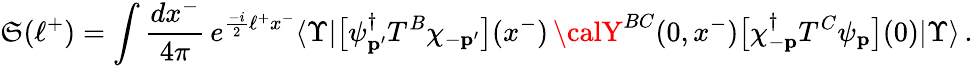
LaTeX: \mathfrak{S}(\ell^{+})=\int\frac{{dx^{-}}}{{4\pi}}\, e^{\frac{{-i}}{{2}}\ell^{+}x^{-}}\langle\Upsilon|\big[\psi_{\mathbf{p}^{\prime}}^{\dagger}T^{B}\chi_{-{\mathbf{p}^{\prime}}}\big](x^{-})\, {\calY}^{BC}(0,x^{-})\big[\chi_{-{\mathbf{p}}}^{\dagger}T^{C}\psi_{\mathbf{p}}\big](0)|\Upsilon\rangle\, .